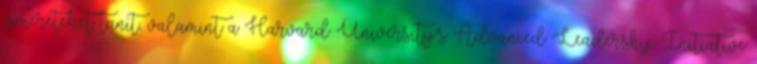
ismereteket tanít, valamint a Harvard University’s Advanced Leadership Initiative